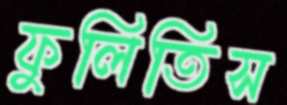
ফুলিতিস